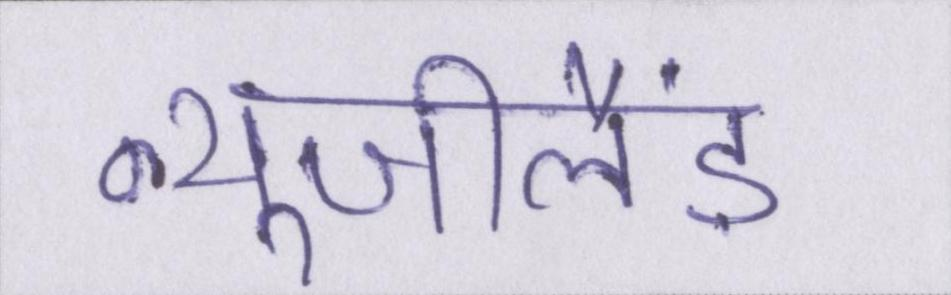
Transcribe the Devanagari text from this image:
न्यूजीलैंड